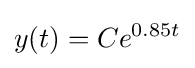
y(t)=Ce^{0.85t}